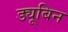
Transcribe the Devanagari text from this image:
ड्यूबिन